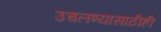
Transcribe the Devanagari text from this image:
उचलण्यासाठीही